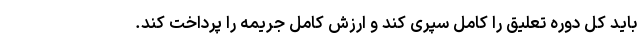
باید کل دوره تعلیق را کامل سپری کند و ارزش کامل جریمه را پرداخت کند.